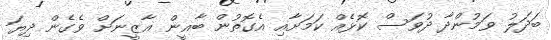
ބަދަލު ވަމުންދާ ދުވަސް ކޮޅެއް ކަމަށާއި އެގޮތުން ބާޣީން ޣާޒީނަށް ވެގެން ދިޔަ